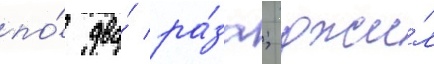
по́ два́ ра́за; джи́л